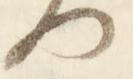
は